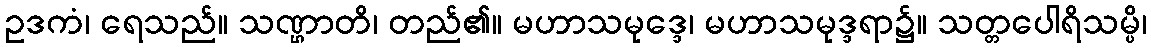
ဥဒကံ၊ ရေသည်။ သဏ္ဌာတိ၊ တည်၏။ မဟာသမုဒ္ဒေ၊ မဟာသမုဒ္ဒရာ၌။ သတ္တပေါရိသမ္ပိ၊